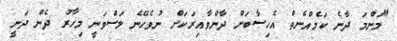
"މަންމަ ދާނެ ކަމެއްނެތް އެހިސާބަށް ދާންވާއިރަކަށް ނުވެހޭނެ ލަސްވަނީ މިހާރު ދެން ދަނީ